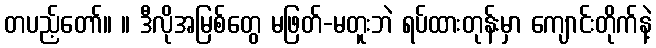
တပည့်တော်။ ။ ဒီလိုအမြစ်တွေ မဖြတ်-မတူးဘဲ ရပ်ထားတုန်းမှာ ကျောင်းတိုက်နဲ့